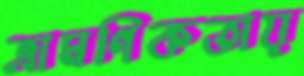
ভ্রামণিকতায়